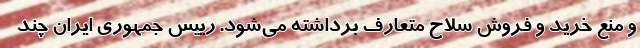
و منع خرید و فروش سلاح متعارف برداشته می‌شود. رییس جمهوری ایران چند